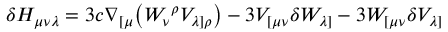
\delta H _ { \mu \nu \lambda } = 3 c \nabla _ { [ \mu } \bigl ( W _ { \nu } { } ^ { \rho } V _ { \lambda ] \rho } \bigr ) - 3 V _ { [ \mu \nu } \delta W _ { \lambda ] } - 3 W _ { [ \mu \nu } \delta V _ { \lambda ] }